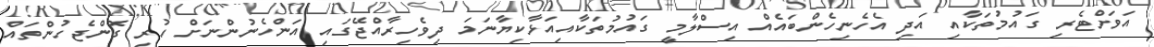
އަވަށްޓެރި ގައުމުތަކާއި އަދި އެހެނިހެންބައެއް އިސްލާމީ ގައުމުތަކާއިއަޅާކިޔާނަމަ ދިވެހިރާއްޖޭގައި އަންހެނުންނަށް ހުރި ގޮންޖެހުންތައް